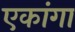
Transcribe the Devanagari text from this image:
एकांगा